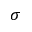
\sigma